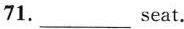
71.___seat.